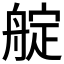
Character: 𦩘